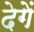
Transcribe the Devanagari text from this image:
देगेें